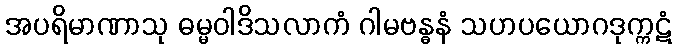
အပရိမာဏာသု ဓမ္မဝါဒိသလာကံ ဂါမဗန္ဓနံ သဟပယောဂဒုက္ကဋံ